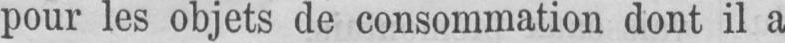
pour les objets de consommation dont il a